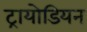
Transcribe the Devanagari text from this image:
ट्रायोडियन